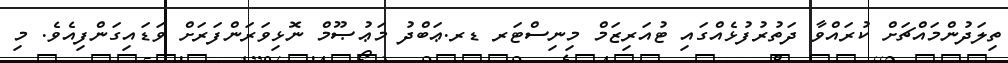
ތިލަދުންމައްޗަށް ކުރައްވާ ދަތުރުފުޅެއްގައި ޓުއަރިޒަމް މިނިސްޓަރ ޑރ.ޢަބްދު މަޢުޞޫމް ނޮޅިވަރަންފަރަށް ވަޑައިގަންފިއެވެ. މި